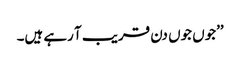
’’جوں جوں دن قریب آ رہے ہیں۔